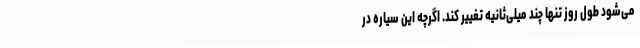
می‌شود طول روز تنها چند میلی‌ثانیه تغییر کند. اگرچه این سیاره در